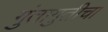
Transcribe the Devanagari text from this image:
गुंतागुतीचा